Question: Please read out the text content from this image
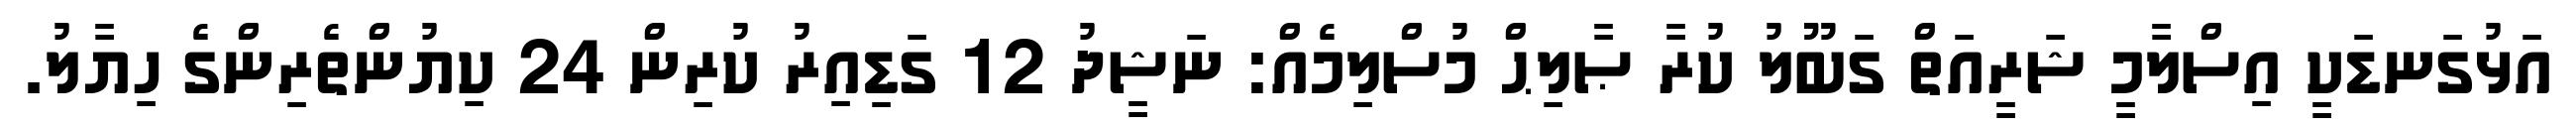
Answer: އަޅުގަނޑަކީ އިސްލާމީ ޝަރީއަތް ގަބޫލު ކުރާ ޞާލިޙް މުސްލިމެއް: ނަޝީދު 12 ގަޑިއިރު ކުރިން 24 ކިޔުންތެރިންގެ ހިޔާލު.